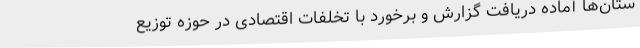
ستان‌ها آماده دریافت گزارش و برخورد با تخلفات اقتصادی در حوزه توزیع